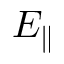
E _ { \parallel }